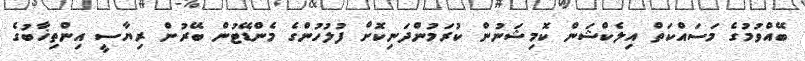
ބޭއްވުމުގެ މަސައްކަތް އިލެކްޝަން ކޮމިޝަނުން ކުރަމުންދަނިކޮށް ފުލުހުންގެ މެންޑޭޓުން ބޭރުން ރިޔާސީ އިންތިޚާބުގެ